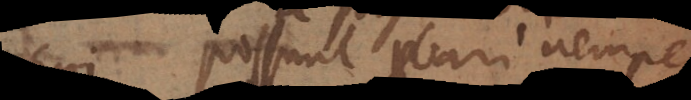
possunt probari, nempe